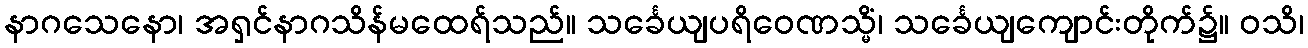
နာဂသေနော၊ အရှင်နာဂသိန်မထေရ်သည်။ သင်္ခေယျပရိဝေဏသ္မိံ၊ သင်္ခေယျကျောင်းတိုက်၌။ ဝသိ၊